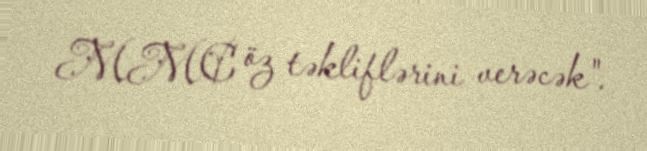
MMC öz təkliflərini verəcək".